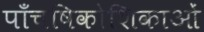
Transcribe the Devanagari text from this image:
पाँचषिकोशिकाओं